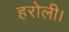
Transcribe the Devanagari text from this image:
हरोली।